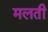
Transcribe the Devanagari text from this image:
मलती